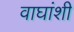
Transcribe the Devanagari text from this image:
वाघांशी